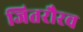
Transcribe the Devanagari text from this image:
जितरौरव